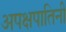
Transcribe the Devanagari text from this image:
अपक्षपातिनी